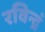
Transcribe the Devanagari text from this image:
रविन्द्रं